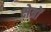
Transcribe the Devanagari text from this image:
क्ष्‍ोत्रों